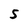
Character: S